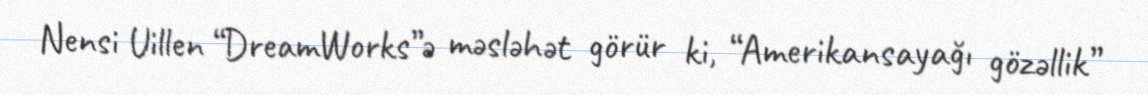
Nensi Uillen “DreamWorks”ə məsləhət görür ki, “Amerikansayağı gözəllik”